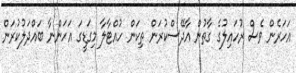
އަހަރެން ވެސް ރުހައިލުގެ ގާތުން އާދޭސްކުރަން ތިކަން ހުއްޓާލާ މިގަޑީގަ އަހަންނާ ބައްދަލުކުރަން